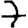
Digit: 7